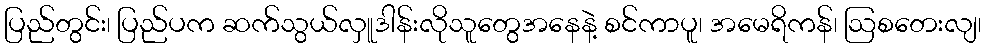
ပြည်တွင်း၊ ပြည်ပက ဆက်သွယ်လှူဒါန်းလိုသူတွေအနေနဲ့ စင်ကာပူ၊ အမေရိကန်၊ ဩစတေးလျ၊